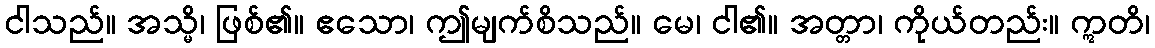
ငါသည်။ အသ္မိ၊ ဖြစ်၏။ ဧသော၊ ဤမျက်စိသည်။ မေ၊ ငါ၏။ အတ္တာ၊ ကိုယ်တည်း။ ဣတိ၊